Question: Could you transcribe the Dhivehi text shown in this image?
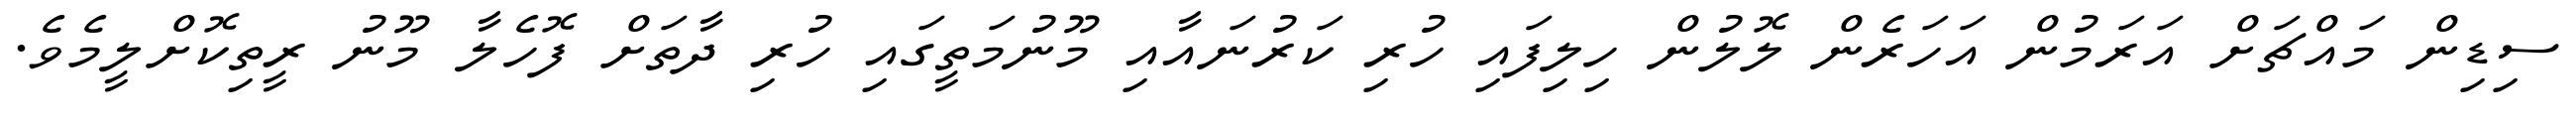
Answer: ސިޑިން މައްޗަށް އަރަމުން އަހަރެން ލޮލުން ހިލިފައި ހުރި ކަރުނައާއި މޫނުމަތީގައި ހުރި ދާތަށް ފޮހެލާ މޫނު ރީތިކޮށްލީމެވެ.